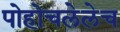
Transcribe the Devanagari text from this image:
पोहोचलेलेच